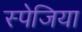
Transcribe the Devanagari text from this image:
स्पेजिया